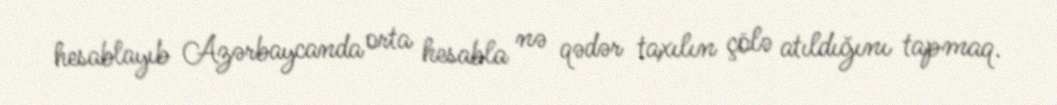
hesablayıb Azərbaycanda orta hesabla nə qədər taxılın çölə atıldığını tapmaq.